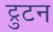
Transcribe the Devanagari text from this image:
ट्रुटन